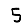
Digit: 5